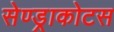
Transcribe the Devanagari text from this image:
सेण्ड्राकोटस